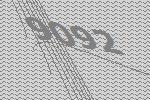
9092